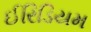
ઈરિડિયમ